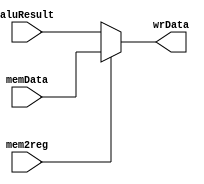
module WB(
  memData, 
  aluResult, 
  mem2reg, 
  wrData
);
  input [15:0] memData, aluResult;
  input mem2reg;
  output [15:0] wrData;
  
  assign wrData = (mem2reg == 1'b1) ? memData : aluResult;
  
endmodule